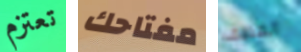
تعتزم مفتاحك العطف